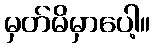
မှတ်မိမှာပေါ့။